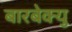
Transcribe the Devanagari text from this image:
बारबेक्यु